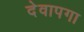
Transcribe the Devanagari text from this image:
देवापगा